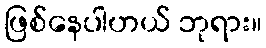
ဖြစ်နေပါဟယ် ဘုရား။